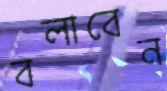
বলাবেন